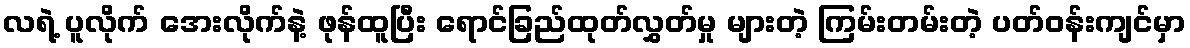
လရဲ့ ပူလိုက် အေးလိုက်နဲ့ ဖုန်ထူပြီး ရောင်ခြည်ထုတ်လွှတ်မှု များတဲ့ ကြမ်းတမ်းတဲ့ ပတ်ဝန်းကျင်မှာ